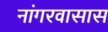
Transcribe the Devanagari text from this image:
नांगरवासास